Vaccination North-Western Provinces and Oudh 1878-1895 - 1878-1895
Year: 1878
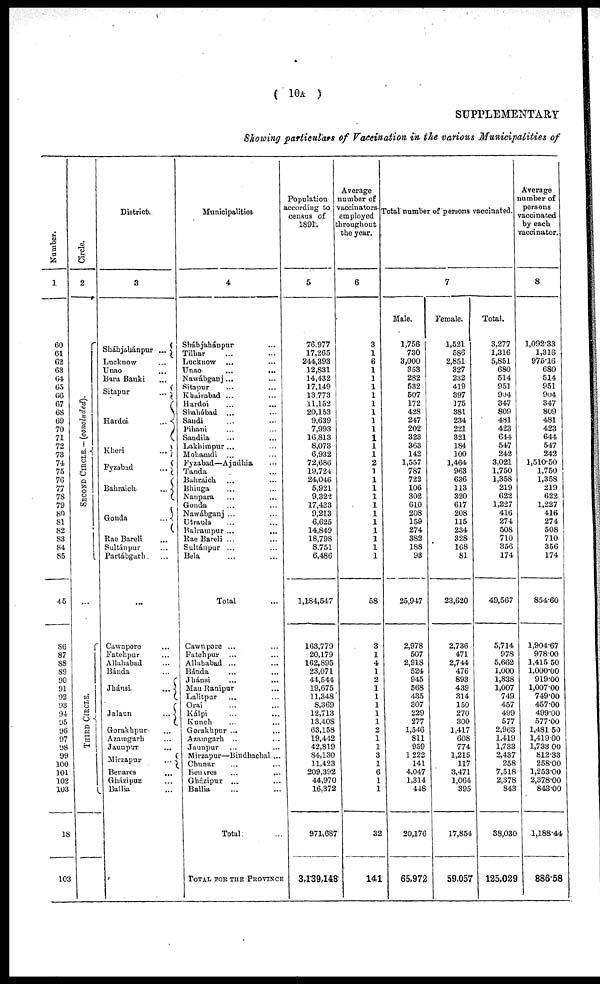
( 10A )
SUPPLEMENTARY
Showing particulars of Vaccination in the various Municipalities of
Number.
1
60
61
62
63
64
65
66
67
68
69
70
71
72
73
74
75
76
77
78
79
80
81
82
83
84
85
45
86
87
88
89
90
91
92
93
94
95
96
97
98
99
100
101
102
103
18
103
Circle.
2
SECOND CIRCLE.—(concluded).
...
THIRD CIRCLE.
District.
3
Sháhjahánpur
...
Lucknow ...
Unao ...
Bara Banki ...
Sitapur
...
Hardoi
...
Kheri
...
Fyzabad
...
Bahraich
...
Gonda
...
Rae Bareli ...
Sultánpur ...
Partábgarh ...
...
Cawnpore ...
Fatehpur ...
Allahabad ...
Bánda ...
Jhánsi
...
Jalaun
...
Gorakhpur ...
Azamgarh ...
Jaunpur ...
Mirzapur
...
Benares
...
Gházipur ...
Ballia ...
Municipalities
4
Sháhjahánpur ...
Tilhar ... ...
Lucknow ... ...
Unao
...
...
Nawábganj ... ...
Sitapur ... ...
Khairabad ... ...
Hardoi ... ...
Shahábad ... ...
Saudi ... ...
Pihani ... ...
Sandila ... ...
Lakhimpur ... ...
Mohamdi ... ...
Fyzabad—Ajudhia ...
Tanda ...
Bahraich ... ...
Bhinga ... ...
Nanpara ... ...
Gonda ... ...
Nawábganj ... ...
Utraula ... ...
Balrampur ... ...
Rae Bareli ... ...
Sultánpur ... ...
Bela ... ...
Total ...
Cawnpore ... ...
Fatehpur ... ...
Allahabad ... ...
Bánda ... ...
Jhánsi ... ...
Mau Ranipur ...
Lalitpur ... ...
Orai ... ...
Kálpi ... ...
Kunch ... ...
Gorakhpur ... ...
Azamgarh ... ...
Jaunpur ... ...
Mirzapur—Bindhachal ...
Chunar ... ...
Benares
...
...
Gházipur ... ...
Ballia ... ...
Total ...
TOTAL FOR THE PROVINCE
Population
according to
census of
1891.
5
76,977
17,265
244,393
12,831
14,432
17,149
13,773
11,152
20,153
9,639
7,993
16,813
8,073
6,932
72,686
19,724
24,046
5,921
9,322
17,423
9,213
6,625
14,849
18,798
8,751
6,486
1,184,547
163,779
20,179
162,895
23,071
44,544
19,675
11,348
8,369
12,713
13,408
63,158
19,442
42,819
84,130
11,423
209,392
44,970
16,372
971,687
3,139,148
Average
number of
vaccinators-
employed
throughout
the year.
6
3
1
6
1
1
1
1
1
1
1
1
1
1
1
2
1
1
1
1
1
1
1
1
1
1
1
58
3
1
4
1
2
1
1
1
1
1
2
1
1
3
1
6
1
1
32
141
Total number of persons vaccinated.
7
Male.
1,756
730
3,000
353
282
532
507
172
428
247
202
323
363
142
1,557
787
722
106
302
610
208
159
274
382
188
93
25,947
2,978
507
2,918
524
945
568
435
307
229
277
1,546
811
959
1222
141
4,047
1,314
448
20,176
65,972
Female.
1,521
586
2,851
327
232
419
397
175
381
234
221
321
184
100
1,464
963
636
113
320
617
208
115
234
328
168
81
23,620
2,736
471
2,744
476
893
439
314
150
270
300
1,417
608
774
1,215
117
3,471
1,064
395
17,854
59,057
Total.
3,277
1,316
5,851
680
514
951
904
347
809
481
423
614
547
242
3,021
1,750
1,358
219
622
1,227
416
274
508
710
356
174
49,567
5,714
978
5,662
1,000
1,838
1,007
749
457
499
577
2,963
1,419
1,733
2,437
258
7,518
2,378
843
38,030
125,029
Average
number of
persons
vaccinated
by each
vaccinator.
8
1,092.33
1,316
975.16
680
514
951
904
347
809
481
423
644
547
242
1,510.50
1,750
1,358
219
622
1,227
416
274
508
710
356
174
854.60
1,904.67
978.00
1,415.50
1,000.00
919.00
1,007.00
749.00
457.00
499.00
577.00
1,481.50
1,419.00
1,733.00
812.33
258.00
1,253.00
2,378.00
843.00
1,188.44
886.58